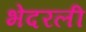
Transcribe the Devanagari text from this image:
भेदरली